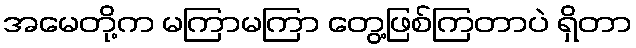
အမေတို့က မကြာမကြာ တွေ့ဖြစ်ကြတာပဲ ရှိတာ